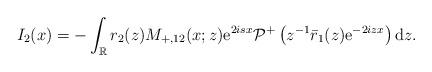
LaTeX: \begin{align*}I_2(x)=-\int_{\mathbb{R}} r_2(z) M_{+,12}(x;z) \mathrm{e}^{2isx} \mathcal{P}^+\left(z^{-1}\bar{r}_1(z) \mathrm{e}^{-2izx}\right) \mathrm{d}z.\end{align*}